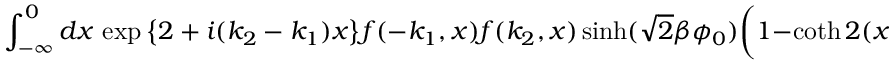
\int _ { - \infty } ^ { 0 } d x \, \exp { \left\{ 2 + i ( k _ { 2 } - k _ { 1 } ) x \right\} } f ( - k _ { 1 } , x ) f ( k _ { 2 } , x ) \sinh ( \sqrt { 2 } \beta \phi _ { 0 } ) \biggl ( 1 - \coth 2 ( x - x _ { 0 } ) \biggr ) .